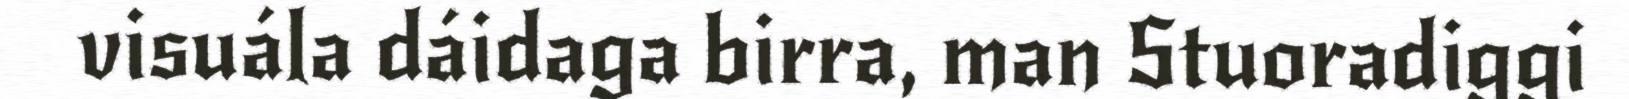
visuála dáidaga birra, man Stuoradiggi